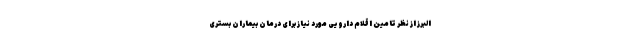
البرز از نظر تامین اقلام دارویی مورد نیاز برای درمان بیماران بستری